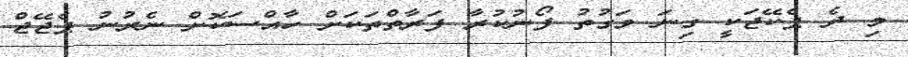
މި ދެ ޕެކޭޖަކީ ގިނަ ވަގުތު ފޯނުކުރާ ފަރާތްތަކަށް ހާއްސަކޮށް ނެރުނު ޕެޖޭޖް